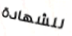
للشهادة